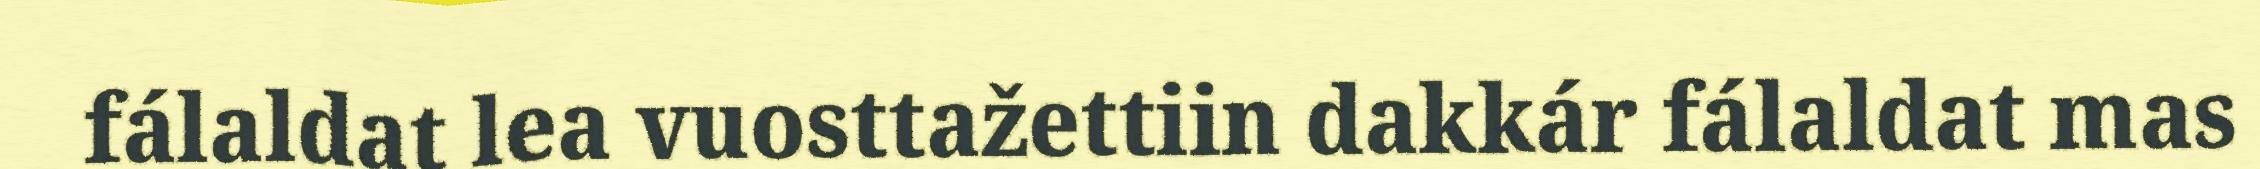
fálaldat lea vuosttažettiin dakkár fálaldat mas